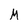
Character: M